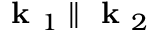
\textbf { k } _ { 1 } \parallel \textbf { k } _ { 2 }